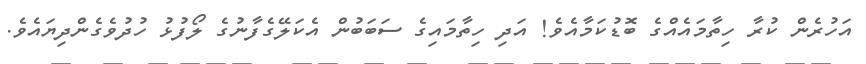
އަހުރެން ކުރާ ހިތާމައެއްގެ ބޮޑުކަމާއެވެ! އަދި ހިތާމައިގެ ސަބަބުން އެކަލޭގެފާނުގެ ލޯފުޅު ހުދުވެގެންދިޔައެވެ.